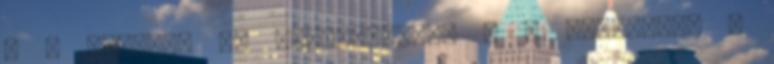
8 8 Belépés és regisztráció 9 9 Diákoldal a